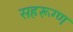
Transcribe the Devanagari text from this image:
सहरूग्ण